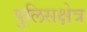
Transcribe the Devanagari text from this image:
पुलिसक्षेत्र